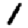
Digit: 1